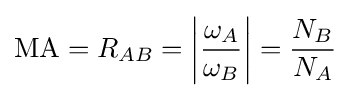
\mathrm {MA} =R_{AB}=\left|{\frac {\omega _{A}}{\omega _{B}}}\right|={\frac {N_{B}}{N_{A}}}